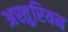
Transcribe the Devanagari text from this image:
अस्तुरियन